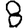
Digit: 8